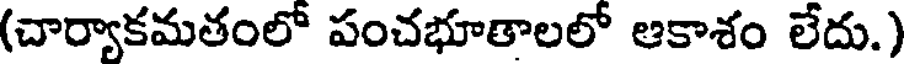
(చార్వాకమతంలో పంచభూతాలలో ఆకాశం లేదు.)